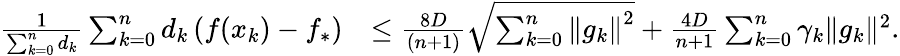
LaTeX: \begin{array}{rl}{\frac{1}{\sum_{k=0}^{n}d_{k}}\sum_{k=0}^{n}d_{k}\left(f(x_{k})-f_{*}\right)}&{\leq\frac{8D}{(n+1)}\sqrt{\sum_{k=0}^{n}\left\Vert g_{k}\right\Vert^{2}}+\frac{4D}{n+1}\sum_{k=0}^{n}\gamma_{k}\| g_{k}\| ^{2}.}\end{array}